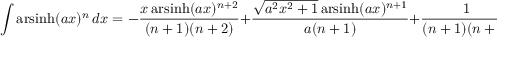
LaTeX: \int \operatorname { a r s i n h } ( a x ) ^ { n } \, d x = - { \frac { x \operatorname { a r s i n h } ( a x ) ^ { n + 2 } } { ( n + 1 ) ( n + 2 ) } } + { \frac { { \sqrt { a ^ { 2 } x ^ { 2 } + 1 } } \operatorname { a r s i n h } ( a x ) ^ { n + 1 } } { a ( n + 1 ) } } + { \frac { 1 } { ( n + 1 ) ( n + 2 ) } } \int \operatorname { a r s i n h } ( a x ) ^ { n + 2 } \, d x \quad ( n \neq - 1 , - 2 )